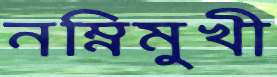
নম্নিমুখী